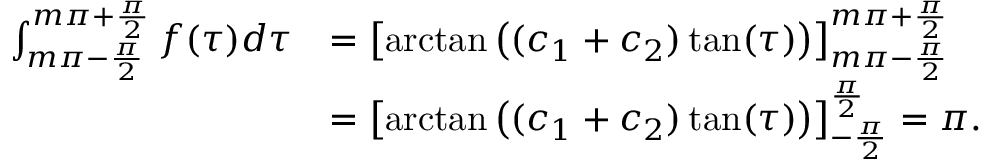
\begin{array} { r l } { \int _ { m \pi - \frac { \pi } { 2 } } ^ { m \pi + \frac { \pi } { 2 } } f ( \tau ) d \tau } & { = \left[ \arctan \left( ( c _ { 1 } + c _ { 2 } ) \tan ( \tau ) \right) \right] _ { m \pi - \frac { \pi } { 2 } } ^ { m \pi + \frac { \pi } { 2 } } } \\ & { = \left[ \arctan \left( ( c _ { 1 } + c _ { 2 } ) \tan ( \tau ) \right) \right] _ { - \frac { \pi } { 2 } } ^ { \frac { \pi } { 2 } } = \pi . } \end{array}